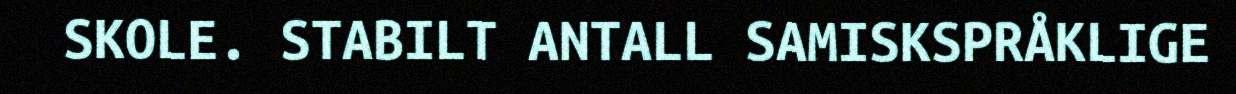
SKOLE. STABILT ANTALL SAMISKSPRÅKLIGE